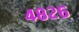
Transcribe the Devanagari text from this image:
४८२६